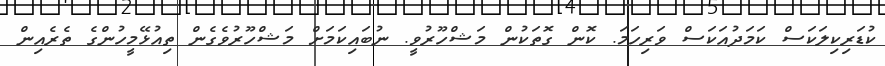
ކުޑަރިކިލަކަސް ކަމަދުއަކަސް ވަރިހަމަ. ކޮން ގޮތަކުން މަޝްހޫރުވީ. ނުބައިކަމަށް މަޝްހޫރުވެގެން ތިއުޅޭމީހުންގެ ތެރެއިން